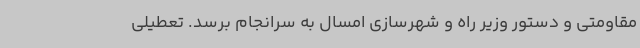
مقاومتی و دستور وزیر راه و شهرسازی امسال به سرانجام برسد. تعطیلی